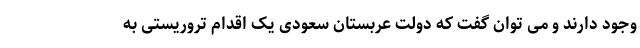
وجود دارند و می توان گفت که دولت عربستان سعودی یک اقدام تروریستی به